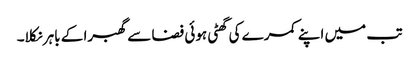
تب میں اپنے کمرے کی گھٹی ہوئی فضا سے گھبرا کے باہر نکلا۔